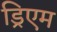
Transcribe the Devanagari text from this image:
ड्रिएम